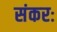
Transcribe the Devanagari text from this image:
संकरः